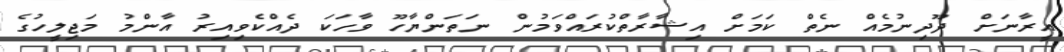
އީރާނަށް ދޫދިނުމެއް ނެތް ކަމަށް އިޝާރާތްކުރައްވަމުން ނަތަންޔާހޫ ވާހަކަ ދެއްކެވިއިރު އާންމު މަޖިލީހުގެ